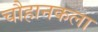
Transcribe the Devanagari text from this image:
चौहानकला